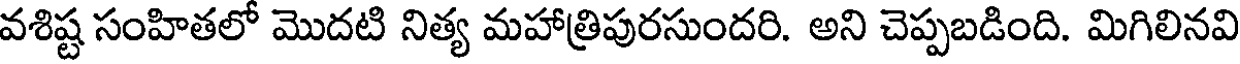
వశిష్ట సంహితలో మొదటి నిత్య మహాత్రిపురసుందరి. అని చెప్పబడింది. మిగిలినవి